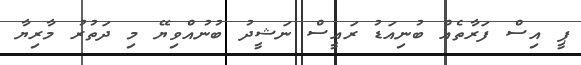
ޕީ އިސް ފަރާތެއް ބުނިއަޑު ރައީސް ނަޝީދު ބުނުއްވިޔޭ މި ދަތުރު މާރިޔާ